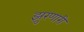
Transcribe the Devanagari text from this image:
झुरणारी